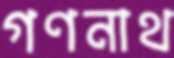
গণনাথ